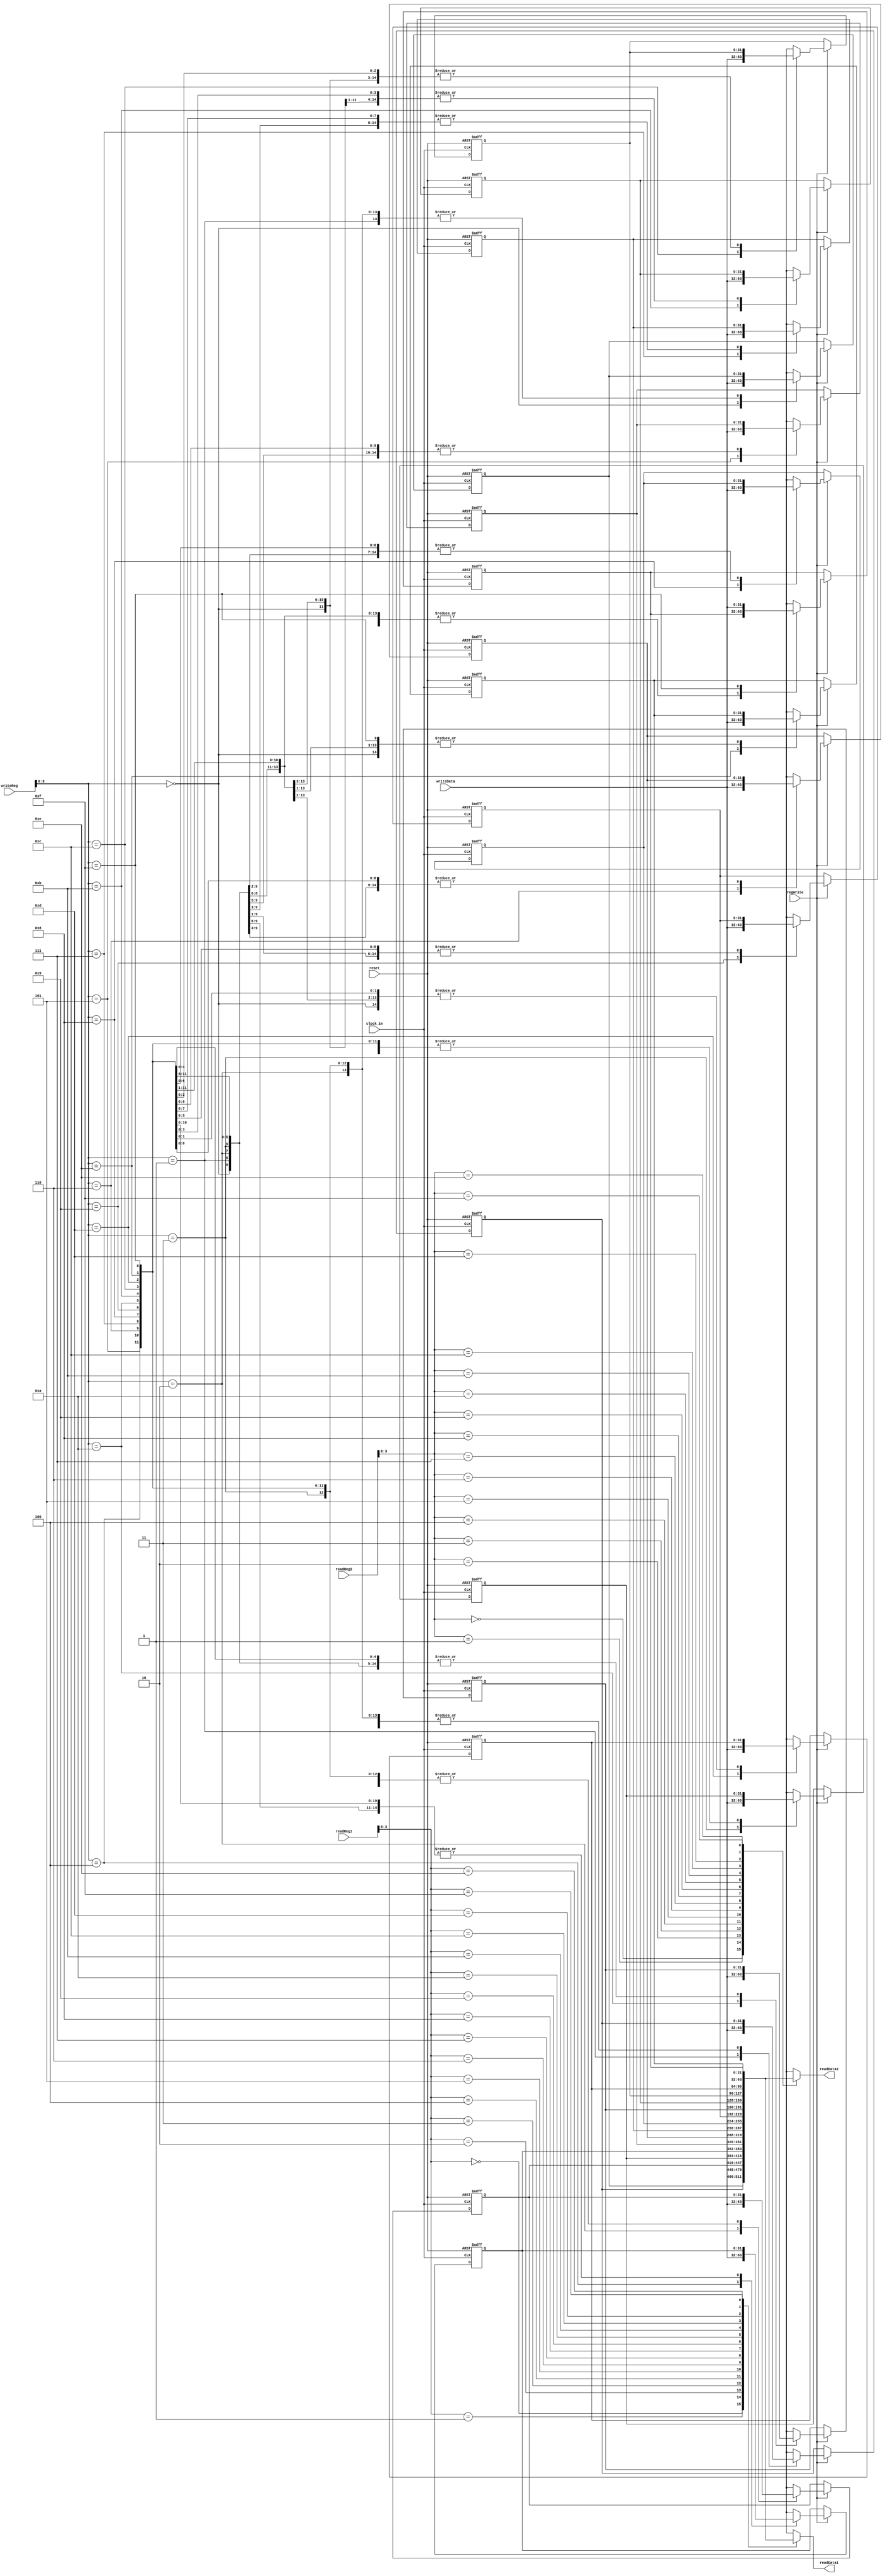
module register(clock_in, reset, readReg1, readReg2, writeReg, writeData, regWrite, readData1, readData2);
    input clock_in;
	 input reset;
    input [25:21] readReg1;
    input [20:16] readReg2;
    input [4:0] writeReg;
    input [31:0] writeData;
    input regWrite;
    output [31:0] readData1;
    output [31:0] readData2;
    
	 reg [31:0] readData1;
	 reg [31:0] readData2;
	 reg [31:0] regFile[0:15];
	 
	 initial
	 begin
	     regFile[0] = 8'h00000000;
	     regFile[0] = 8'h00000001;
	     regFile[0] = 8'h00000002;
	     regFile[0] = 8'h00000003;
	     regFile[0] = 8'h00000004;
	     regFile[0] = 8'h00000005;
	     regFile[0] = 8'h00000006;
	     regFile[0] = 8'h00000007;
	     regFile[0] = 8'h00000008;
	     regFile[0] = 8'h00000009;
	     regFile[0] = 8'h0000000a;
	     regFile[0] = 8'h0000000b;
	     regFile[0] = 8'h0000000c;
	     regFile[0] = 8'h0000000d;
	     regFile[0] = 8'h0000000e;
	     regFile[0] = 8'h0000000f;
	 end
	 
	 always @ (readReg1 or readReg2)
	 begin
		  readData1 = regFile[readReg1];
		  readData2 = regFile[readReg2];
	 end
	 
	 always @ (negedge clock_in or posedge reset)
	 begin
	     if (reset == 1)
		  begin
		      //readData1 <= 0;
				//readData2 <= 0;
		      regFile[0] = 8'h00000000;
	         regFile[1] = 8'h00000001;
	         regFile[2] = 8'h00000002;
	         regFile[3] = 8'h00000003;
	         regFile[4] = 8'h00000004;
	         regFile[5] = 8'h00000005;
	         regFile[6] = 8'h00000006;
	         regFile[7] = 8'h00000007;
	         regFile[8] = 8'h00000008;
	         regFile[9] = 8'h00000009;
	         regFile[10] = 8'h0000000a;
	         regFile[11] = 8'h0000000b;
	         regFile[12] = 8'h0000000c;
	         regFile[13] = 8'h0000000d;
	         regFile[14] = 8'h0000000e;
	         regFile[15] = 8'h0000000f;
		  end
	     else if (regWrite == 1)
		      regFile[writeReg] = writeData;
	 end

endmodule